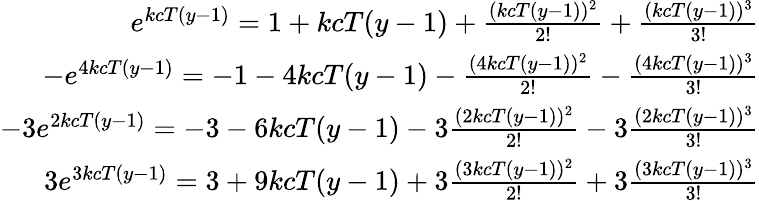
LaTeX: \begin{array}{r}{e^{kcT(y-1)}=1+kcT(y-1)+\frac{(kcT(y-1))^{2}}{2!}+\frac{(kcT(y-1))^{3}}{3!}}\\ {-e^{4kcT(y-1)}=-1-4kcT(y-1)-\frac{(4kcT(y-1))^{2}}{2!}-\frac{(4kcT(y-1))^{3}}{3!}}\\ {-3e^{2kcT(y-1)}=-3-6kcT(y-1)-3\frac{(2kcT(y-1))^{2}}{2!}-3\frac{(2kcT(y-1))^{3}}{3!}}\\ {3e^{3kcT(y-1)}=3+9kcT(y-1)+3\frac{(3kcT(y-1))^{2}}{2!}+3\frac{(3kcT(y-1))^{3}}{3!}}\end{array}